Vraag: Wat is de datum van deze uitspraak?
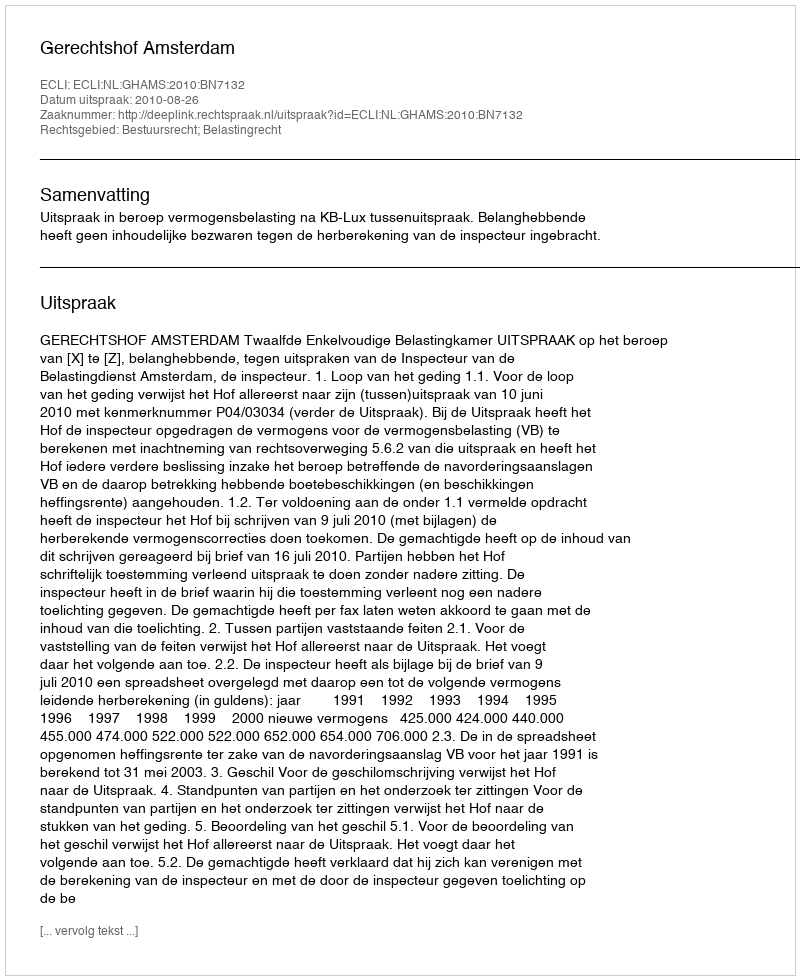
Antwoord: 2010-08-26